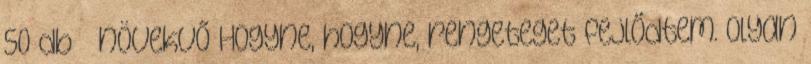
50 db növekvő Hogyne, hogyne, rengeteget fejlődtem. Olyan